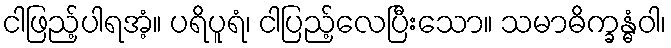
ငါဖြည့်ပါရအံ့။ ပရိပူရံ၊ ငါပြည့်လေပြီးသော။ သမာဓိက္ခန္ဓံဝါ၊